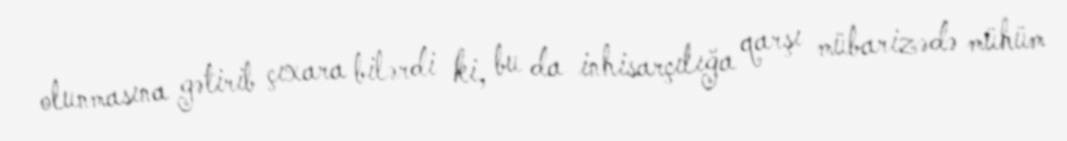
olunmasına gətirib çıxara bilərdi ki, bu da inhisarçılığa qarşı mübarizədə mühüm